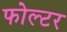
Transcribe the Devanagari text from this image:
फोल्टर